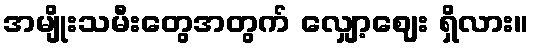
အမျိုးသမီးတွေအတွက် လျှော့ဈေး ရှိလား။